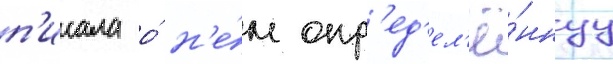
п'исала о́ н'е́м опр'ед'ел'ё́ннуу